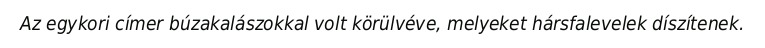
Az egykori címer búzakalászokkal volt körülvéve, melyeket hársfalevelek díszítenek.